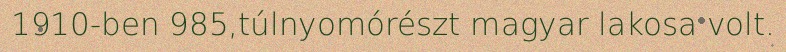
1910-ben 985,túlnyomórészt magyar lakosa volt.